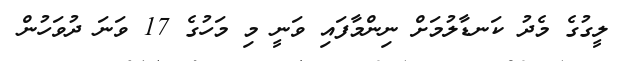
ލީގުގެ މެދު ކަނޑާލުމަށް ނިންމާފައި ވަނީ މި މަހުގެ 17 ވަނަ ދުވަހުން